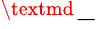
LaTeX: ^\textmd{-}